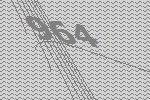
964